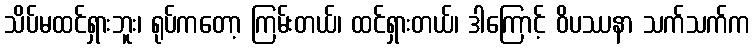
သိပ်မထင်ရှားဘူး၊ ရုပ်ကတော့ ကြမ်းတယ်၊ ထင်ရှားတယ်၊ ဒါကြောင့် ဝိပဿနာ သက်သက်က